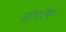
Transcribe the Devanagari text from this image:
मीनॉफ